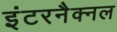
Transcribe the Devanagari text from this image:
इंटरनैक्नल